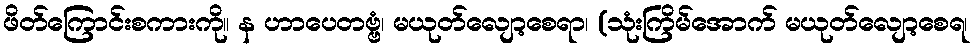
ဖိတ်ကြောင်းစကားကို။ န ဟာပေတဗ္ဗံ၊ မယုတ်လျော့စေရာ၊ (သုံးကြိမ်အောက် မယုတ်လျော့စေရ၊